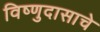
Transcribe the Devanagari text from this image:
विष्णुदासाचे